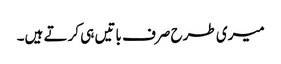
میری طرح صرف باتیں ہی کرتے ہیں۔